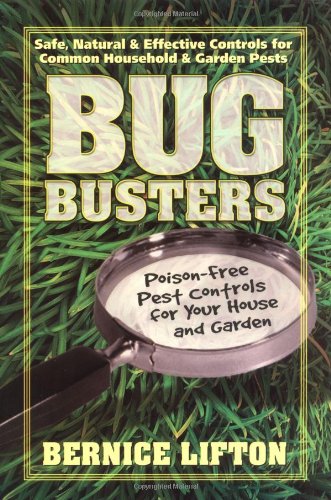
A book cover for Bug Busters: Poison-Free Pest Controls for Your House and Garden; Bernice Lifton; Science & Math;